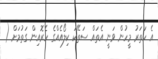
އެ ހަތަރު މީހުން ވަނީ އެތައް ސަތޭކަ ކިލޯއެއްގެ ހެރޮއިން ގަތުމަށް (